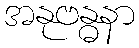
အနုဗန္ဓနာ